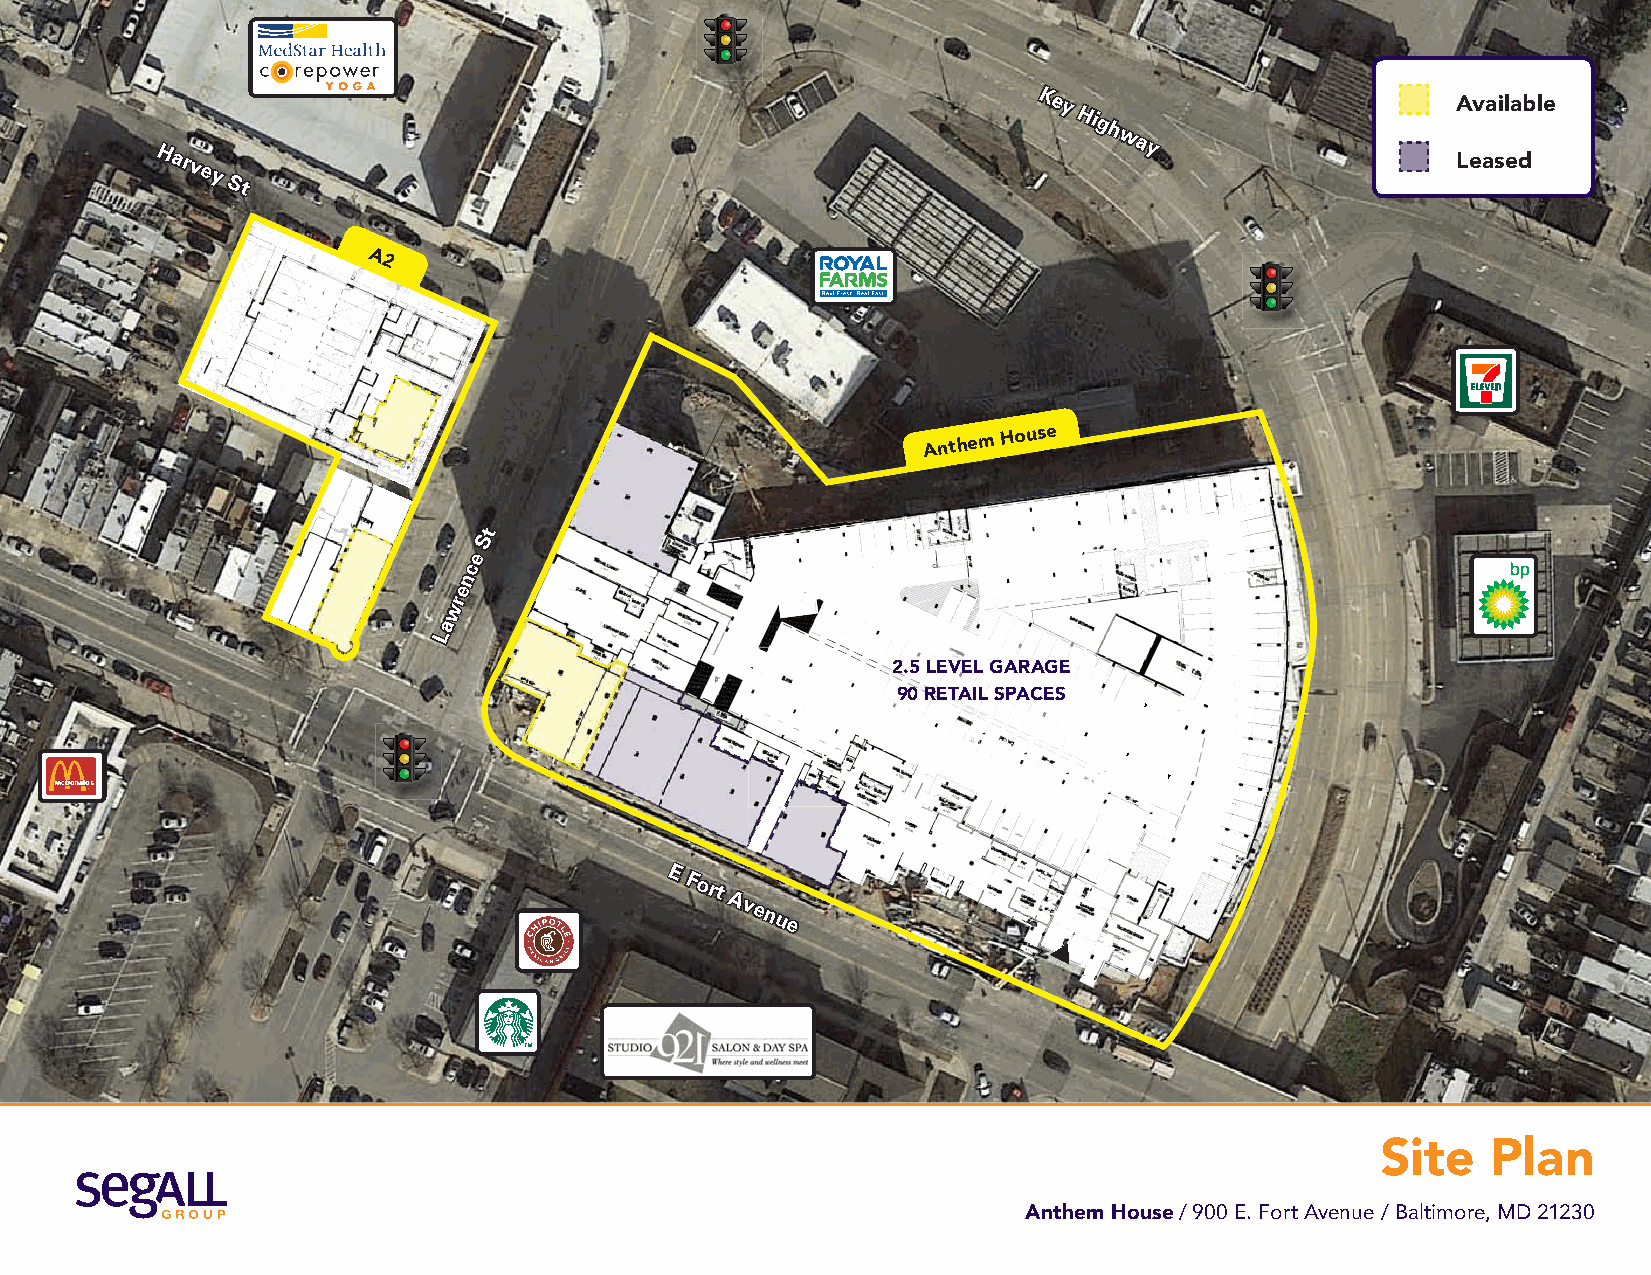
KKeeyy                     Available
 HHiigghh
 HHaarrvveeyy
 SStt
 wwaayy
 Leased
 A2
 Anthem
 House
 tt
 SS
 ee
 cc
 nn
 ee
 rr
 ww
 aa
 LL
 2.5 LEVEL GARAGE
 90 RETAIL SPACES
 EE
 FFoorrtt
 AAvveennuuee
 Site    Plan
 Anthem House / 900 E. Fort Avenue / Baltimore, MD 21230